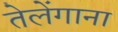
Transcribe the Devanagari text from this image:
तेलेंगाना